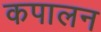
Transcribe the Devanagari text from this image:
कपालन